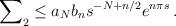
LaTeX: \begin{align*}\sum\nolimits_2\leq a_N b_n s^{-N+n/2} e^{n\pi s}\, .\end{align*}